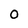
Character: 0